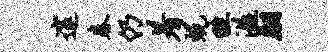
邃春仍着蜕畦溢翩